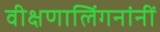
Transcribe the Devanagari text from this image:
वीक्षणालिंगनांनीं